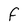
Character: F